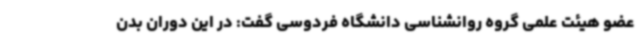
عضو هیئت علمی گروه روانشناسی دانشگاه فردوسی گفت: در این دوران بدن